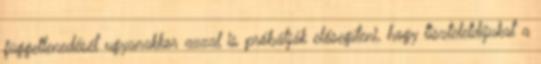
függetlenedését ugyanakkor azzal is próbálják elősegíteni, hogy tiszteletdíjukat a